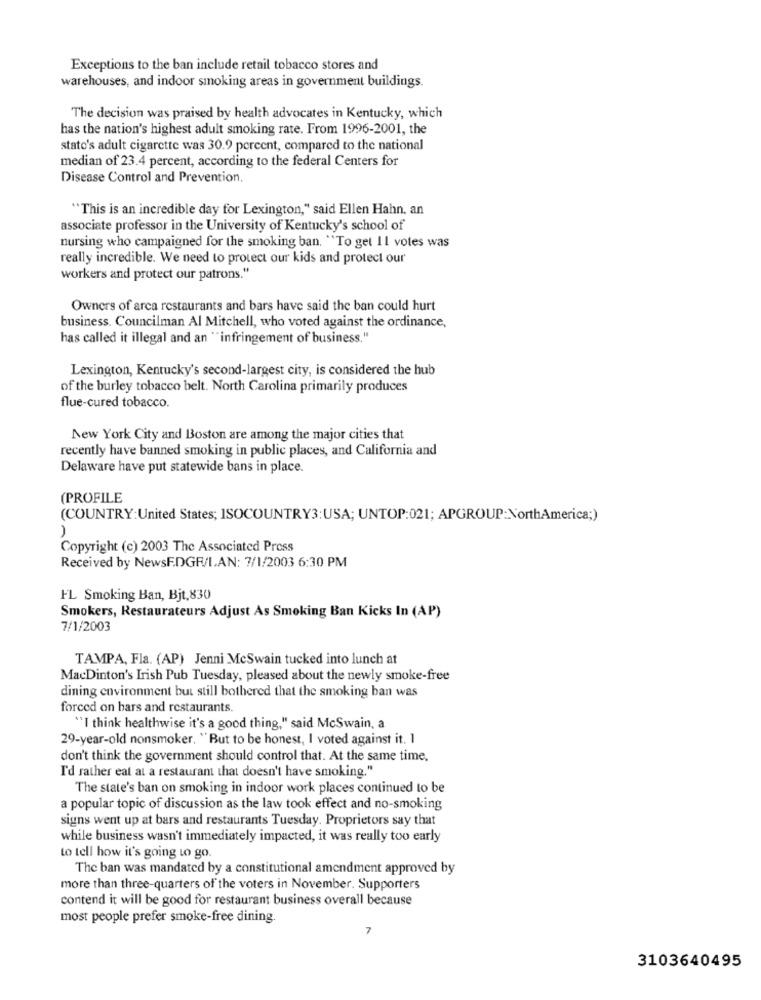
Exceptions to the ban include retail tobacco stores and
warehouses, and indoor smoking areas in government buildings.
The decision was praised by health advocates in Kentucky, which
has the nation's highest adult smoking rate. From 1996-2001, the
state's adult cigarette was 30.9 percent, compared to the national
median of 23.4 percent, according to the federal Centers for
Disease Control and Prevention.
"This is an incredible day for Lexington," said Ellen Hahn. an
associate professor in the University of Kentucky's school of
nursing who campaigned for the smoking ban. "To get 11 votes was
really incredible. We need to protect our kids and protect our
workers and protect our patrons."
Owners of arca restaurants and bars have said the ban could hurt
business. Councilman Al Mitchell, who voted against the ordinance,
has called it illegal and an "infringement of business."
Lexington, Kentucky's second-largest city, is considered the hub
of the burley tobacco belt. North Carolina primarily produces
flue-cured tobacco.
New York City and Boston are among the major cities that
recently have banned smoking in public places, and California and
Delaware have put statewide bans in place.
(PROFILE
(COUNTRY:United States; ISOCOUNTRY3:USA; UNTOP:021; APGROUP:NorthAmerica;)
)
Copyright (c) 2003 The Associated Press
Received by NewsF.DGR/IAN: 7/1/2003 6:30 PM
FL Smoking Ban, Bjt. 830
Smokers, Restaurateurs Adjust As Smoking Ban Kicks In (AP)
7/1/2003
TAMPA, Fla. (AP) Jenni McSwain tucked into lunch at
MacDinton's Irish Pub Tuesday, pleased about the newly smoke-free
dining environment but still bothered that the smoking ban was
forced on bars and restaurants.
"I think healthwise it's a good thing," said McSwain, a
29-year-old nonsmoker, "But to be honest, I voted against it. 1
don't think the government should control that. At the same time.
I'd rather eat at a restaurant that doesn't have smoking."
The state's ban on smoking in indoor work places continued to be
a popular topic of discussion as the law took effect and no-smoking
signs went up at bars and restaurants Tuesday. Proprietors say that
while business wasn't immediately impacted, it was really too early
to tell how it's going to go.
The ban was mandated by a constitutional amendment approved by
more than three-quarters of the voters in November. Supporters
contend it will be good for restaurant business overall because
most people prefer smoke-free dining.
7
3103640495